Lunatic asylums Madras 1892-1911 - 1892-1911
Year: 1892
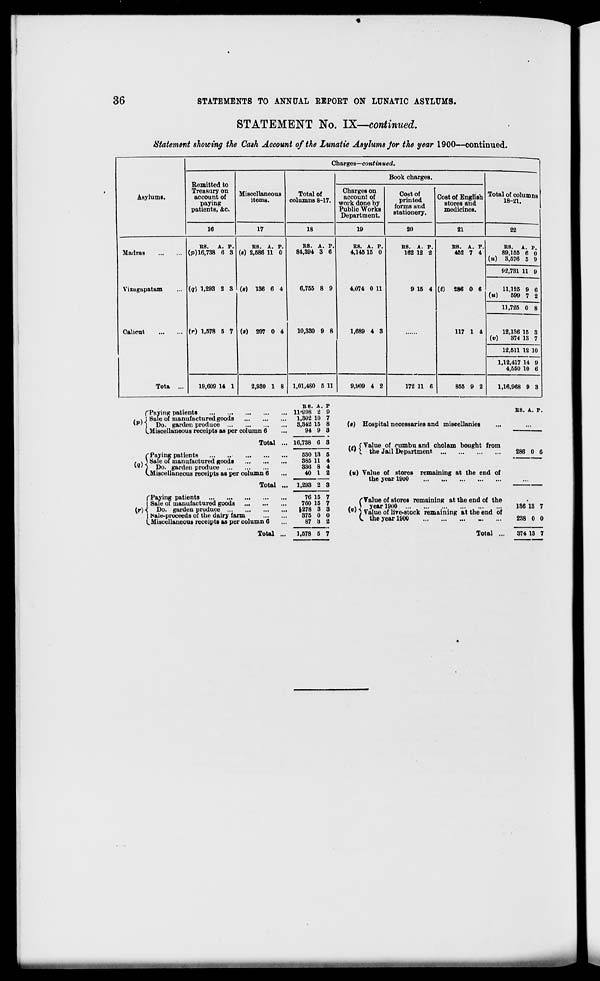
36
STATEMENTS TO ANNUAL REPORT ON LUNATIC ASYLUMS.
STATEMENT No. IX—continued.
Statement showing the Cash Account of the Lunatic Asylums/or the year 1900—continued.
Asylums.
Charges—continued.
Remitted to
Treasury on
account of
paying
patients, &c.
Miscellaneous
items.
Total of
columns 8-17.
Book charges.
Total of columns
18-21.
Charges on
account of
work done by
Public Works
Department.
Cost of
printed
forms and
stationery.
Cost of English
stores and
medicines.
16
17
18
19
SO
21
22
Madras
Vissugapatam
Calient
Tota ...
TtH.
A. P.
(p) 16,738 6 3
(9) 1,293 2 3
(r) 1,578 5 7
(s) 2,586 11 o'
(«) 136 6 4
(«) 207 0 4
BS. A. P.
84,394 3 6
6,755 8 9
10,330 9 8
R8. A. P.
4,14515 0
4,074 0 11
1,689 4 3
BS. A. P.
162 12 2
9 15 4
BS. A. P.
452 7 4
(CO 286 0 6
117 1 4
B8. A. P.
89,155 6 o
(u) 3,576 5 9
92,731 11 »
11,125 9 6
(u)
599 7 2
11,725 0 8
12,136 15 8
(«)
374 13 7
12,611 12 10
1,12,417 14 9
4,550 10 6
19,609 14 1
2,930 1 8 1,01,480 5 11
9,909 4 2
172 11 6
855 9 2
1,16,968 9 3
f Paying patients
. . j Sale of manufactured goods
* p '| Do. garden produce
(.Miscellaneous receipts as per column 6
Total
C Paying patients
. >) Sale of manufactured Roods
\9) J po. garden produce
(^Miscellaneous receipts as per column 6
Total
f Paying patients
Sale of manufactured goods
(r) i Do. garden produce
| Sale-proceeds of the dairy farm
C Miscellaneous receipts as per column 6
Total
B8. A. P
11'898 2 9
1,802 10 7
3,342 15 8
94 9 3
16,738 6 3
580 13
885 11
386 8
40 1
5
4
4
2
1,293 2 3
76 15
760 15
|278 3
875 0
87 3
1,578 6 7
(«) Hospital necessaries and miscellanies
lt\ i Value of cumlm and cholam bought from
v ' 1 the Jail Department
(u) Value of stores remaining at the end of
the year 19U0
/Value of stores remaining at the end of the
f«W >'ea r HM
1 ' / Value of live-stock remaining at the end of
V. the year 1900
Total ...
BS. A. p.
286 0 6
136 13 7
288 0 0
374 13 7